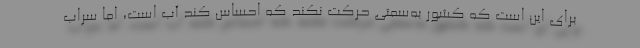
برای این است که کشور به‌سمتی حرکت نکند که احساس کند آب است، امّا سراب